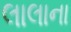
લાલાના